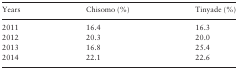
<table><thead><tr><td><b>Years</b></td><td><b>Chisomo (%)</b></td><td><b>Tinyade (%)</b></td></tr></thead><tbody><tr><td>2011</td><td>16.4</td><td>16.3</td></tr><tr><td>2012</td><td>20.3</td><td>20.0</td></tr><tr><td>2013</td><td>16.8</td><td>25.4</td></tr><tr><td>2014</td><td>22.1</td><td>22.6</td></tr></tbody></table>